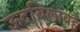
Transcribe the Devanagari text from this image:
ऊदबिलावहै